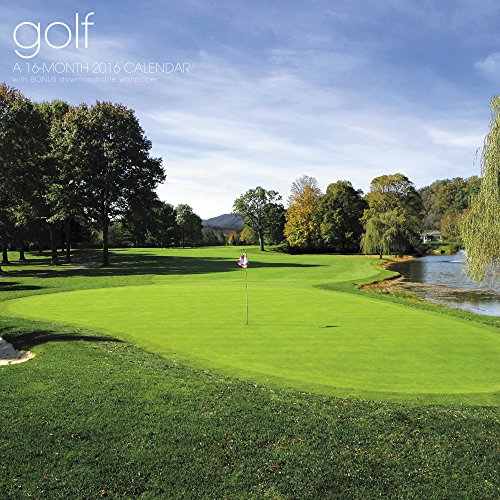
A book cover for Golf Wall Calendar (2016); Landmark; Calendars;